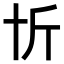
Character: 𠦉